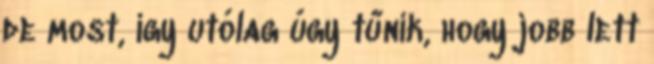
de most, így utólag úgy tűnik, hogy jobb lett